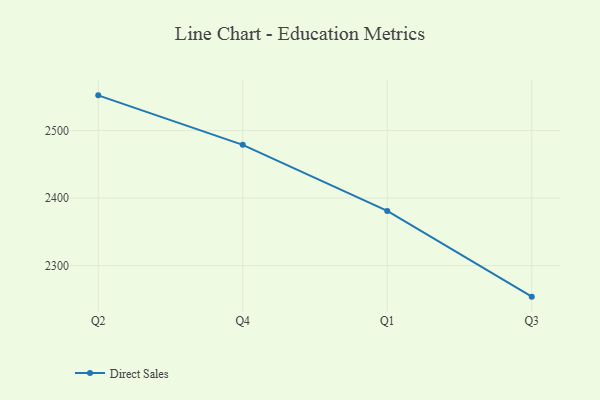
{"axis": {"x": "Quarter", "y": "Satisfaction Score"}, "legend": ["Direct Sales"], "data": [{"x": "Q2", "y": 2552.2, "type": "Direct Sales"}, {"x": "Q4", "y": 2478.8, "type": "Direct Sales"}, {"x": "Q1", "y": 2380.9, "type": "Direct Sales"}, {"x": "Q3", "y": 2253.8, "type": "Direct Sales"}]}